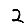
Digit: 2